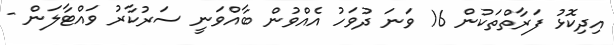
އިދިކޮޅު ފަރާތްތަކުން 16 ވަނަ ދުވަހު އެއްވުން ބާއްވަނީ ސަރުކާރު ވައްޓާލަން -